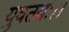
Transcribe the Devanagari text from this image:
युवतयः।।